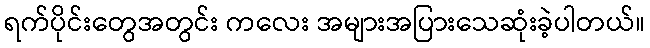
ရက်ပိုင်းတွေအတွင်း ကလေး အများအပြားသေဆုံးခဲ့ပါတယ်။